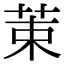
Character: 𫇿